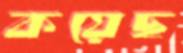
কয়েছ